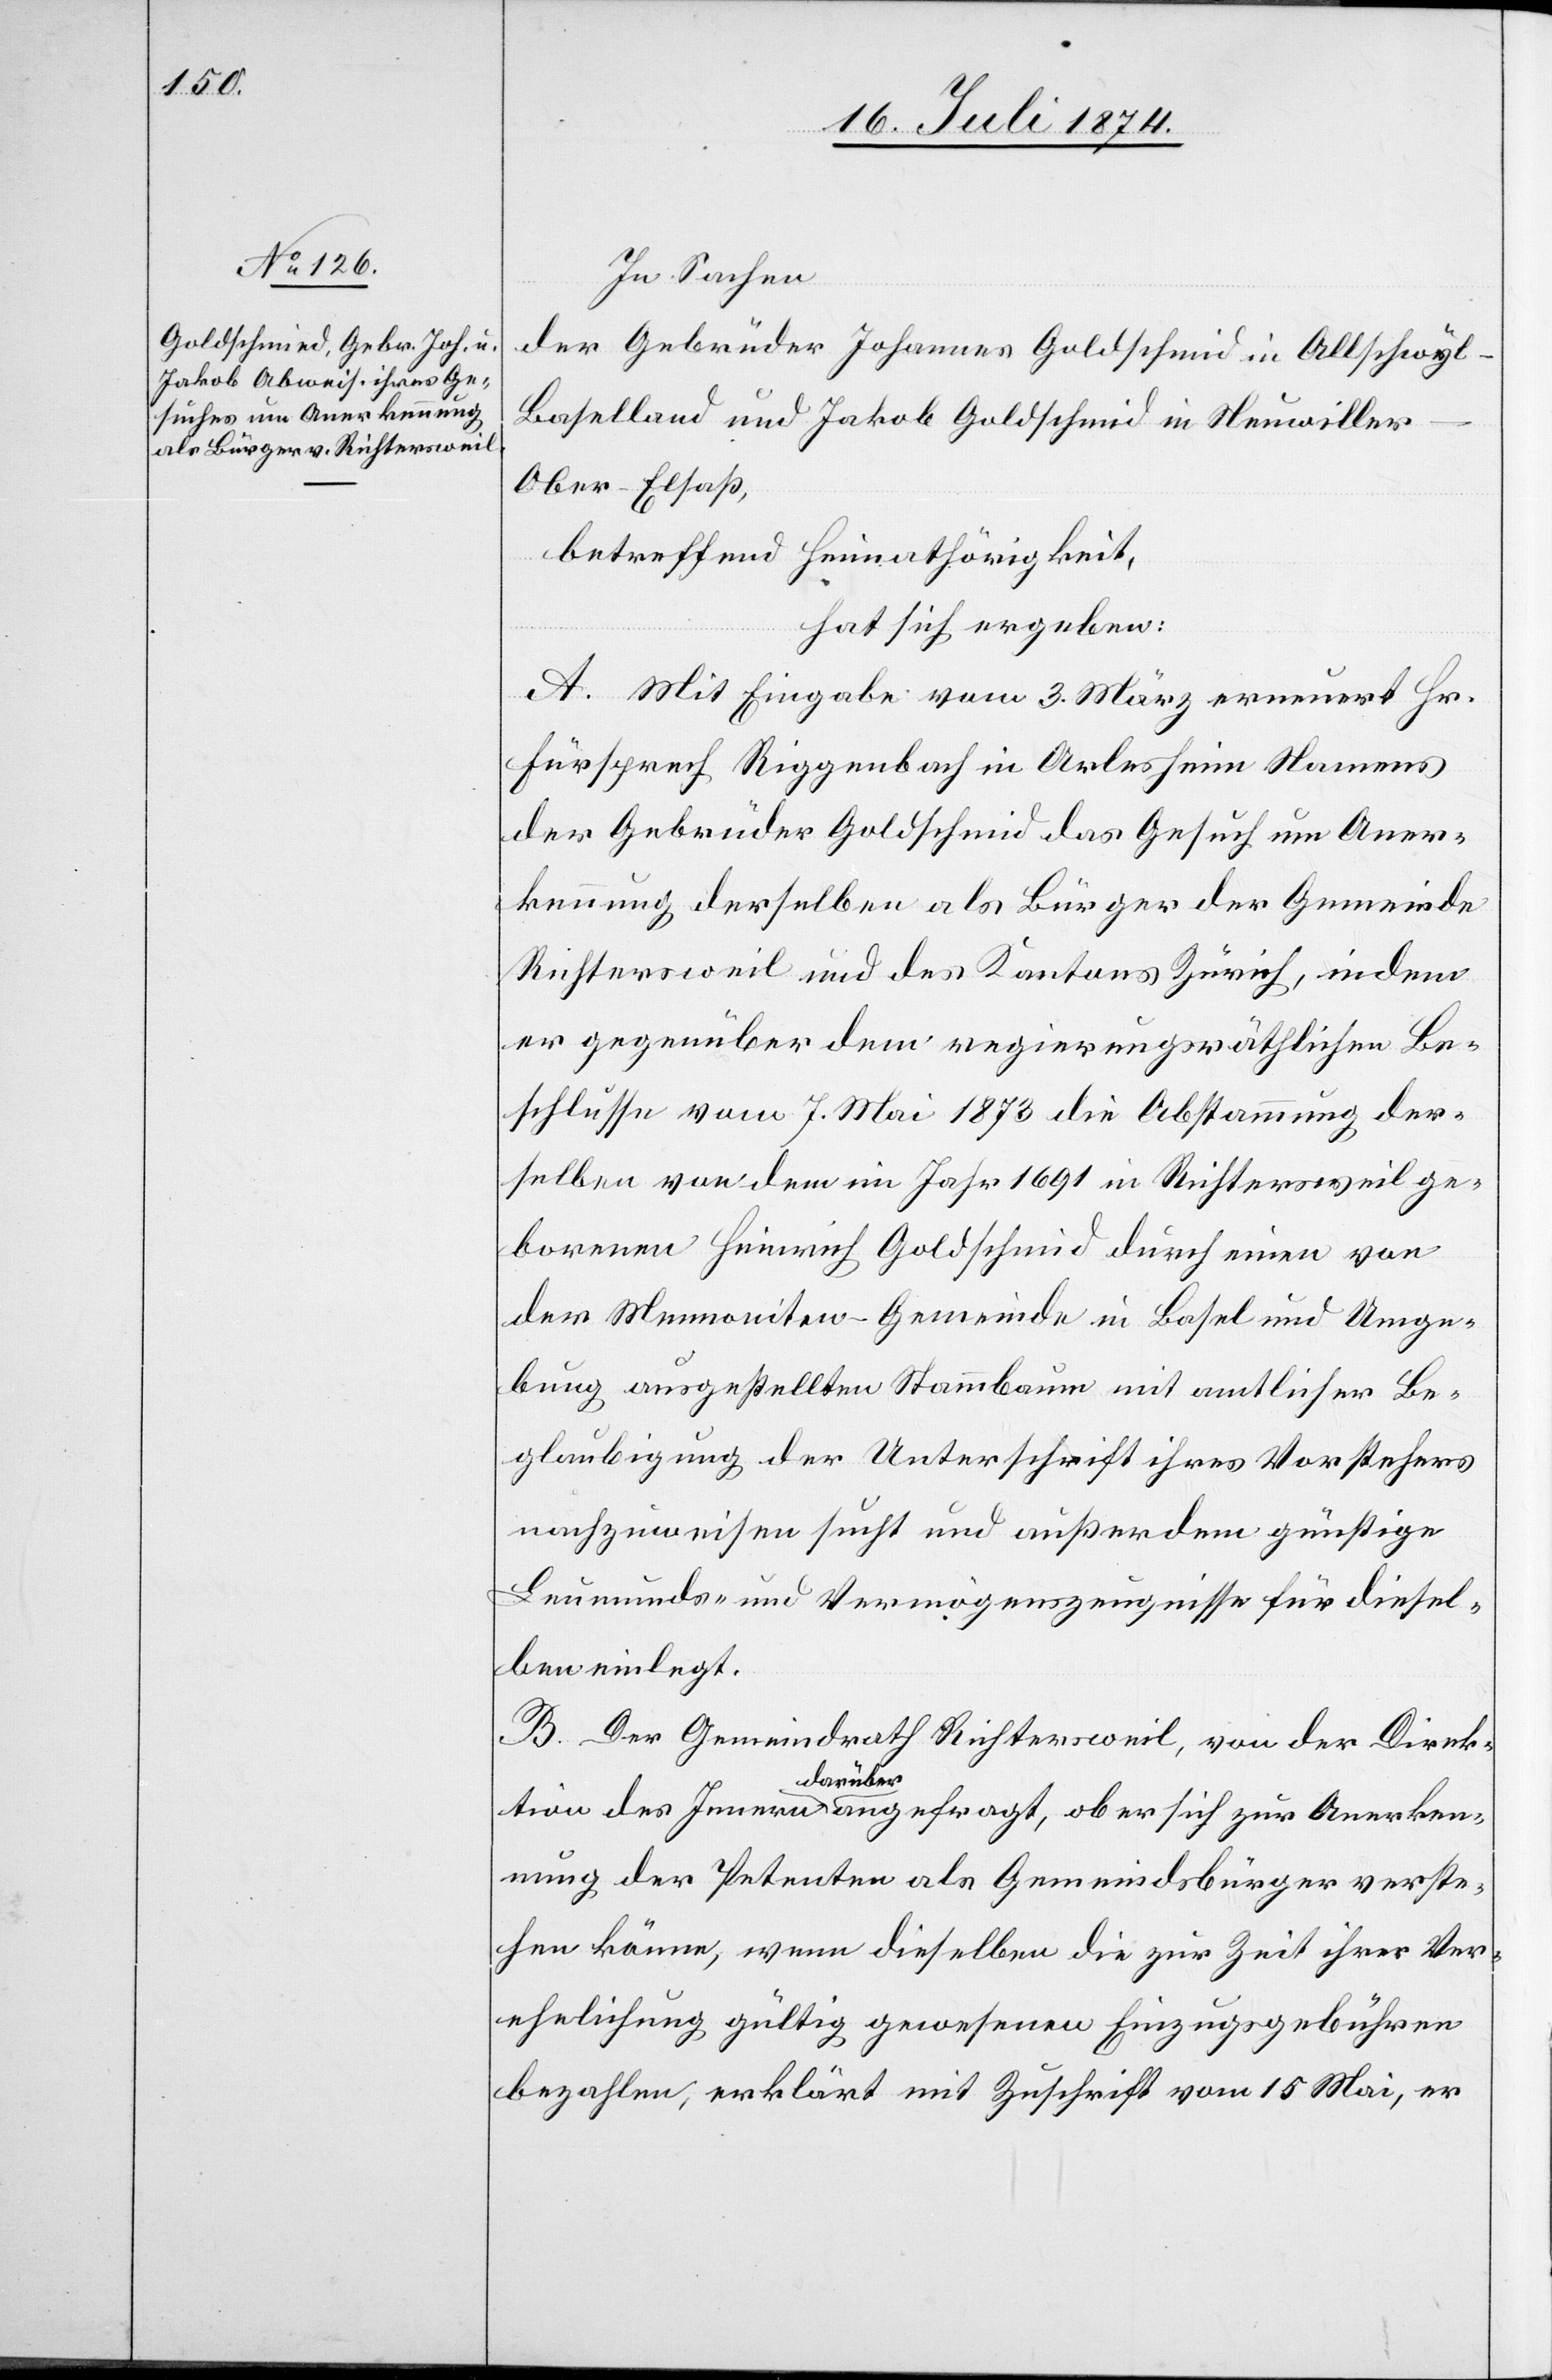
In Sachen
der Gebrüder Johannes Goldschmid [sic!] in Allschwyl-B¬
aselland und Jakob Goldschmid in Neuwiller-O¬
ber-Elsaß,
betreffend Heimathörigkeit,
hat sich ergeben:
A. Mit Eingabe vom 3. März erneuert Hr.
Fürsprech Riggenbach in Arlesheim Namens
der Gebrüder Goldschmid das Gesuch um Aner¬
kennung derselben als Bürger der Gemeinde
Richtersweil und des Kantons Zürich, indem
er gegenüber dem regierungsräthlichen Be¬
schlusse vom 7. Mai 1873 die Abstammung der¬
selben von dem im Jahr 1691 in Richtersweil ge¬
borenen Heinrich Goldschmid durch einen von
der Mennoniten-Gemeinde in Basel und Umge¬
bung ausgestellten Stammbaum mit amtlicher Be¬
glaubigung der Unterschrift ihres Vorstehers
nachzuweisen sucht und außerdem günstige
Leumunds- und Vermögenszeugnisse für diesel¬
ben eingelegt.
B. Der Gemeindrath Richtersweil, von der Direk¬
tion des Innern darüber angefragt, ob er sich zur Anerken¬
nung der Petenten als Gemeindsbürger verste¬
hen könne, wenn dieselben die zur Zeit ihrer Ver¬
ehelichung gültig gewesenen Einzugsgebühren
bezahlen, erklärt mit Zuschrift vom 15. Mai, er